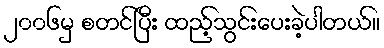
၂၀၀၆မှ စတင်ပြီး ထည့်သွင်းပေးခဲ့ပါတယ်။